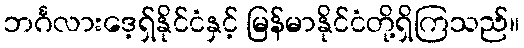
ဘင်္ဂလားဒေ့ရှ်နိုင်ငံနှင့် မြန်မာနိုင်ငံတို့ရှိကြသည်။